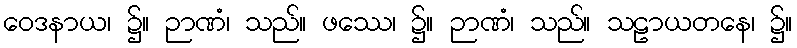
ဝေဒနာယ၊ ၌။ ဉာဏံ၊ သည်။ ဖဿေ၊ ၌။ ဉာဏံ၊ သည်။ သဠာယတနေ၊ ၌။